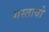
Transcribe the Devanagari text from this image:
गस्तावो